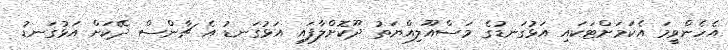
އެހެންވީމަ އެކަމަށްޓަކައި އަޅުގަނޑުގެ މަސްއޫލިއްޔަތު ދޫކޮށްލާފައި އަޅުގަނޑު އެ ޗާންސް ދޭކަށް އަޅުގަނޑު